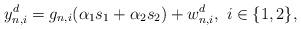
LaTeX: \begin{align*}y^d_{n,i} = g_{n,i} (\alpha_1s_1+\alpha_2s_2)+w^d_{n,i},~i\in \{1, 2\},\end{align*}